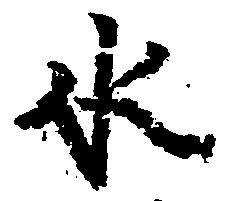
水